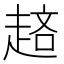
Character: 𧼁